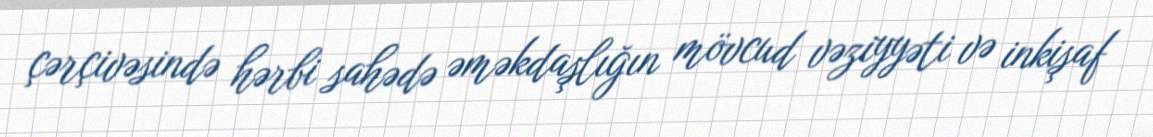
çərçivəsində hərbi sahədə əməkdaşlığın mövcud vəziyyəti və inkişaf